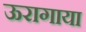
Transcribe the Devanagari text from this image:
ऊरागाया